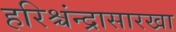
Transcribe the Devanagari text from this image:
हरिश्चंन्द्रासारखा